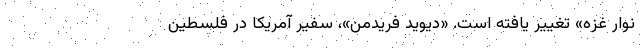
نوار غزه» تغییر یافته است. «دیوید فریدمن»، سفیر آمریکا در فلسطین